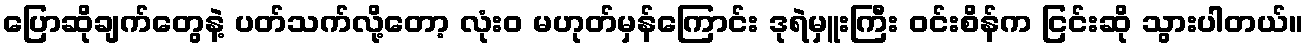
ပြောဆိုချက်တွေနဲ့ ပတ်သက်လို့တော့ လုံးဝ မဟုတ်မှန်ကြောင်း ဒုရဲမှူးကြီး ဝင်းစိန်က ငြင်းဆို သွားပါတယ်။